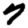
Digit: 7